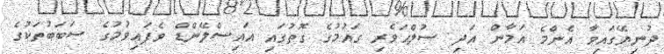
ދުނިޔޭގައިވާ އެންމެ އަމާން އަދި ސުލްޙަވެރި ގައުމުގެ ގޮތުގައި އައިސްލޭންޑް ވެފައިވުމުގެ ސަބަބުތަކުގެ